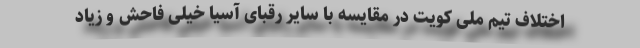
اختلاف تیم ملی کویت در مقایسه با سایر رقبای آسیا خیلی فاحش و زیاد